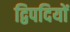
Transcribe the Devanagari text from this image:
द्विपदियों